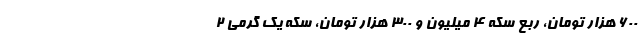
600 هزار تومان، ربع سکه 4 میلیون و 300 هزار تومان، سکه یک گرمی 2